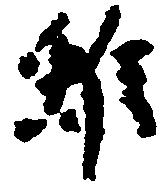
雖